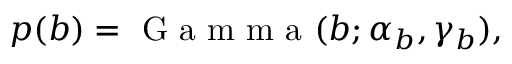
p ( b ) = \mathrm { ~ G ~ a ~ m ~ m ~ a ~ } ( b ; \alpha _ { b } , \gamma _ { b } ) ,